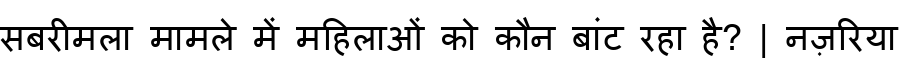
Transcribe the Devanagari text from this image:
सबरीमला मामले में महिलाओं को कौन बांट रहा है? | नज़रिया